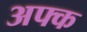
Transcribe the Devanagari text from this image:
अफ्क